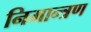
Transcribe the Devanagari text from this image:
निमान्त्रण